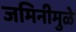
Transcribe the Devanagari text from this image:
जमिनीमुळे